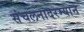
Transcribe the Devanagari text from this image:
संचलनादरम्यान